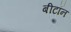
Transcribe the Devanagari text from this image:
बीटॉन